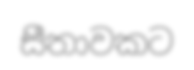
සීතාවකට